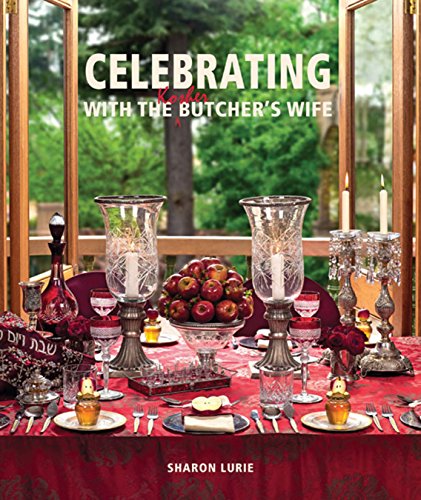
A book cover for Celebrating with the Kosher Butcher's Wife; Sharon Lurie; Cookbooks, Food & Wine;